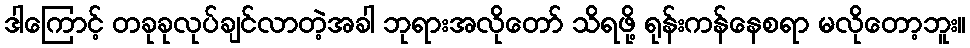
ဒါကြောင့် တခုခုလုပ်ချင်လာတဲ့အခါ ဘုရားအလိုတော် သိရဖို့ ရုန်းကန်နေစရာ မလိုတော့ဘူး။